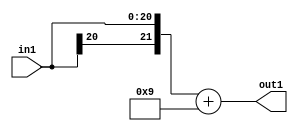
`timescale 1ps / 1ps
/*****************************************************************************
    Verilog RTL Description
    
    
    Created by: Stratus DpOpt 2019.1.01 
*******************************************************************************/

module cache_Add2i9s21_0 (
	in1,
	out1
	); /* architecture "behavioural" */ 
input [20:0] in1;
output [21:0] out1;
wire [21:0] asc001;

assign asc001 = 
	+({in1[20], in1})
	+(22'B0000000000000000001001);

assign out1 = asc001;
endmodule

/* CADENCE  ubDwTQo= : u9/ySgnWtBlWxVPRXgAZ4Og= ** DO NOT EDIT THIS LINE ******/